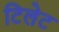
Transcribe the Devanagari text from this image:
टिलेट